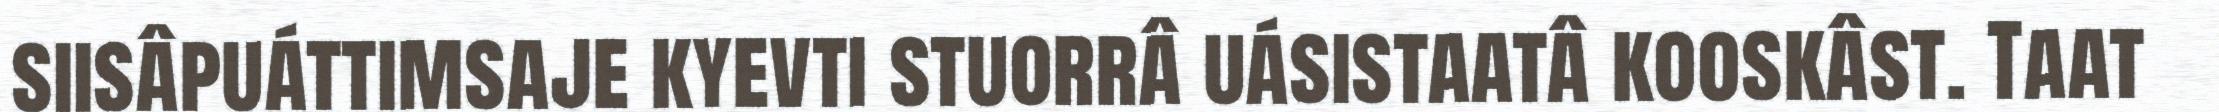
siisâpuáttimsaje kyevti stuorrâ uásistaatâ kooskâst. Taat